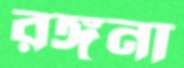
রঙ্গনা